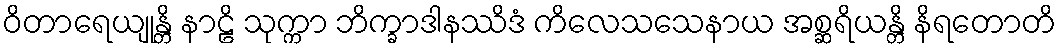
ဝိတာရေယျုန္တိ နာဠိ သုက္ကာ ဘိက္ခာဒါနဿိဒံ ကိလေသသေနာယ အစ္ဆရိယန္တိ နိရတောတိ